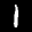
Label: 1